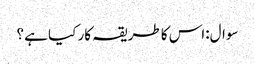
سوال:اس کا طریقہ کار کیا ہے ؟